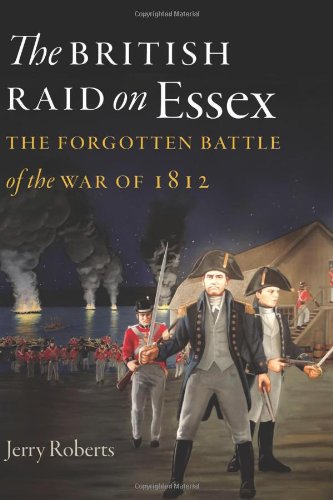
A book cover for The British Raid on Essex: The Forgotten Battle of the War of 1812 (The Driftless Connecticut Series & Garnet Books); Jerry Roberts; History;